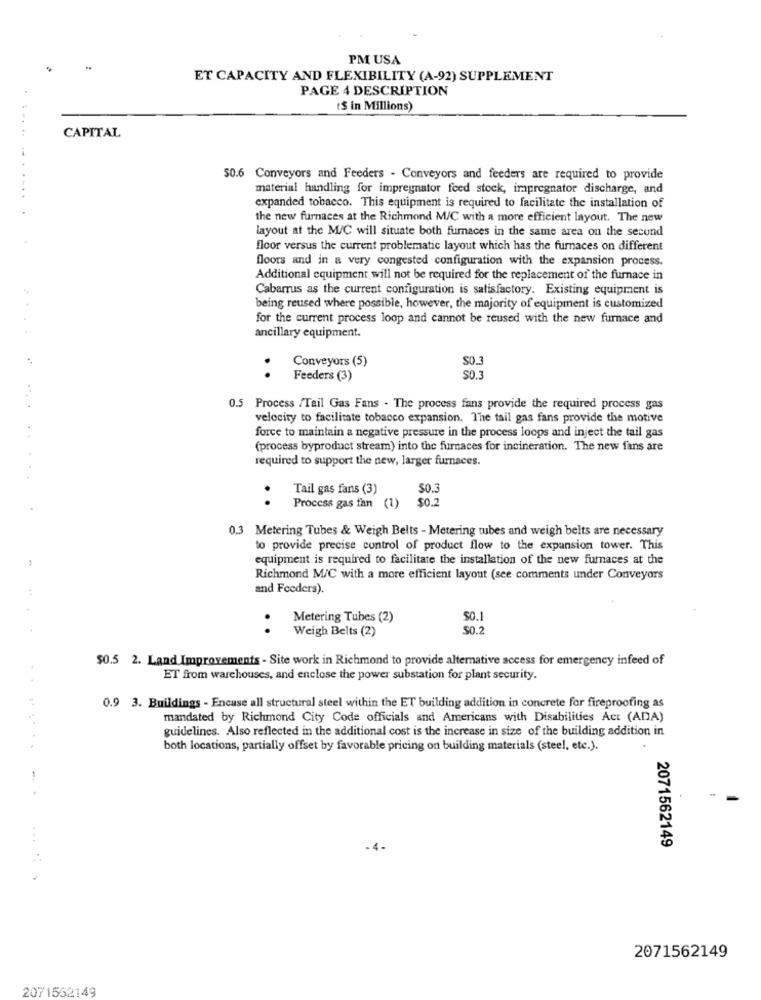
PM USA
ET CAPACITY AND FLEXIBILITY (A-92) SUPPLEMENT
PAGE 4 DESCRIPTION
t$ in Millions)
CAPITAL
...
$0.6 Conveyors and Feeders - Conveyors and feeders are required to provide
material handling for impregnator feed stock, irapregnator discharge, and
...
expanded tobacco. This equipment is required to facilitate the installation of
the new furnaces at the Richmond M/C with a more efficient layout. The new
layout at the M/C will situate both furnaces in the same area on the secund
floor versus the current problematic layout which has the furnaces on different
floors and in a very congested configuration with the expansion process.
Additional equipment will not be required for the replacement of the furnace in
Cabarrus as the current configuration is satisfactory. Existing equipment is
being reused where possible, however, the majority of equipment is customized
for the current process loop and cannot be reused with the new furnace and
ancillary equipment.
Conveyors (5)
S0.3
..
Feeders (3)
S0.3
0.5 Process /Tail Gas Fans . The process fans provide the required process gas
velocity to facilitate tobacco expansion. The tail gas fans provide the motive
force to maintain a negative pressure in the process loops and inject the tail gas
(process byproduct stream) into the furnaces for incineration. The new fans are
required to support the new, larger furnaces.
Tail gas fans (3)
SO.3
..
$0.2
Process gas fan (1)
0.3 Metering Tubes & Weigh Belts - Metering tubes and weigh belts are necessary
to provide precise control of product flow to the expansion tower. This
equipment is required to facilitate the installation of the new furnaces at the
Richmond M/C with a more efficient layout (see comments under Conveyors
and Feeders).
Metering Tubes (2)
$0.1
..
Weigh Belts (2)
$0.2
$0.5 2. Land Improvements - Site work in Richmond to provide alternative access for emergency infeed of
ET from warehouses, and enclose the power substation for plant security.
0.9 3. Buildings - Encase all structural steel within the ET building addition in concrete for fireproofing as
mandated by Richmond City Code officials and Americans with Disabilities Act (ADA)
guidelines. Also reflected in the additional cost is the increase in size of the building addition in
both locations, partially offset by favorable pricing on building materials (steel, etc.).
2071562149
2071562149
2071552149